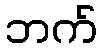
ဘက်